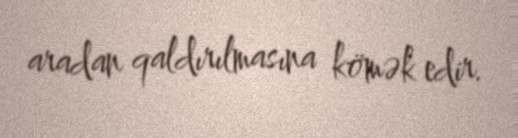
aradan qaldırılmasına kömək edir.